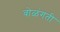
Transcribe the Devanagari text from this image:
वोळंगती